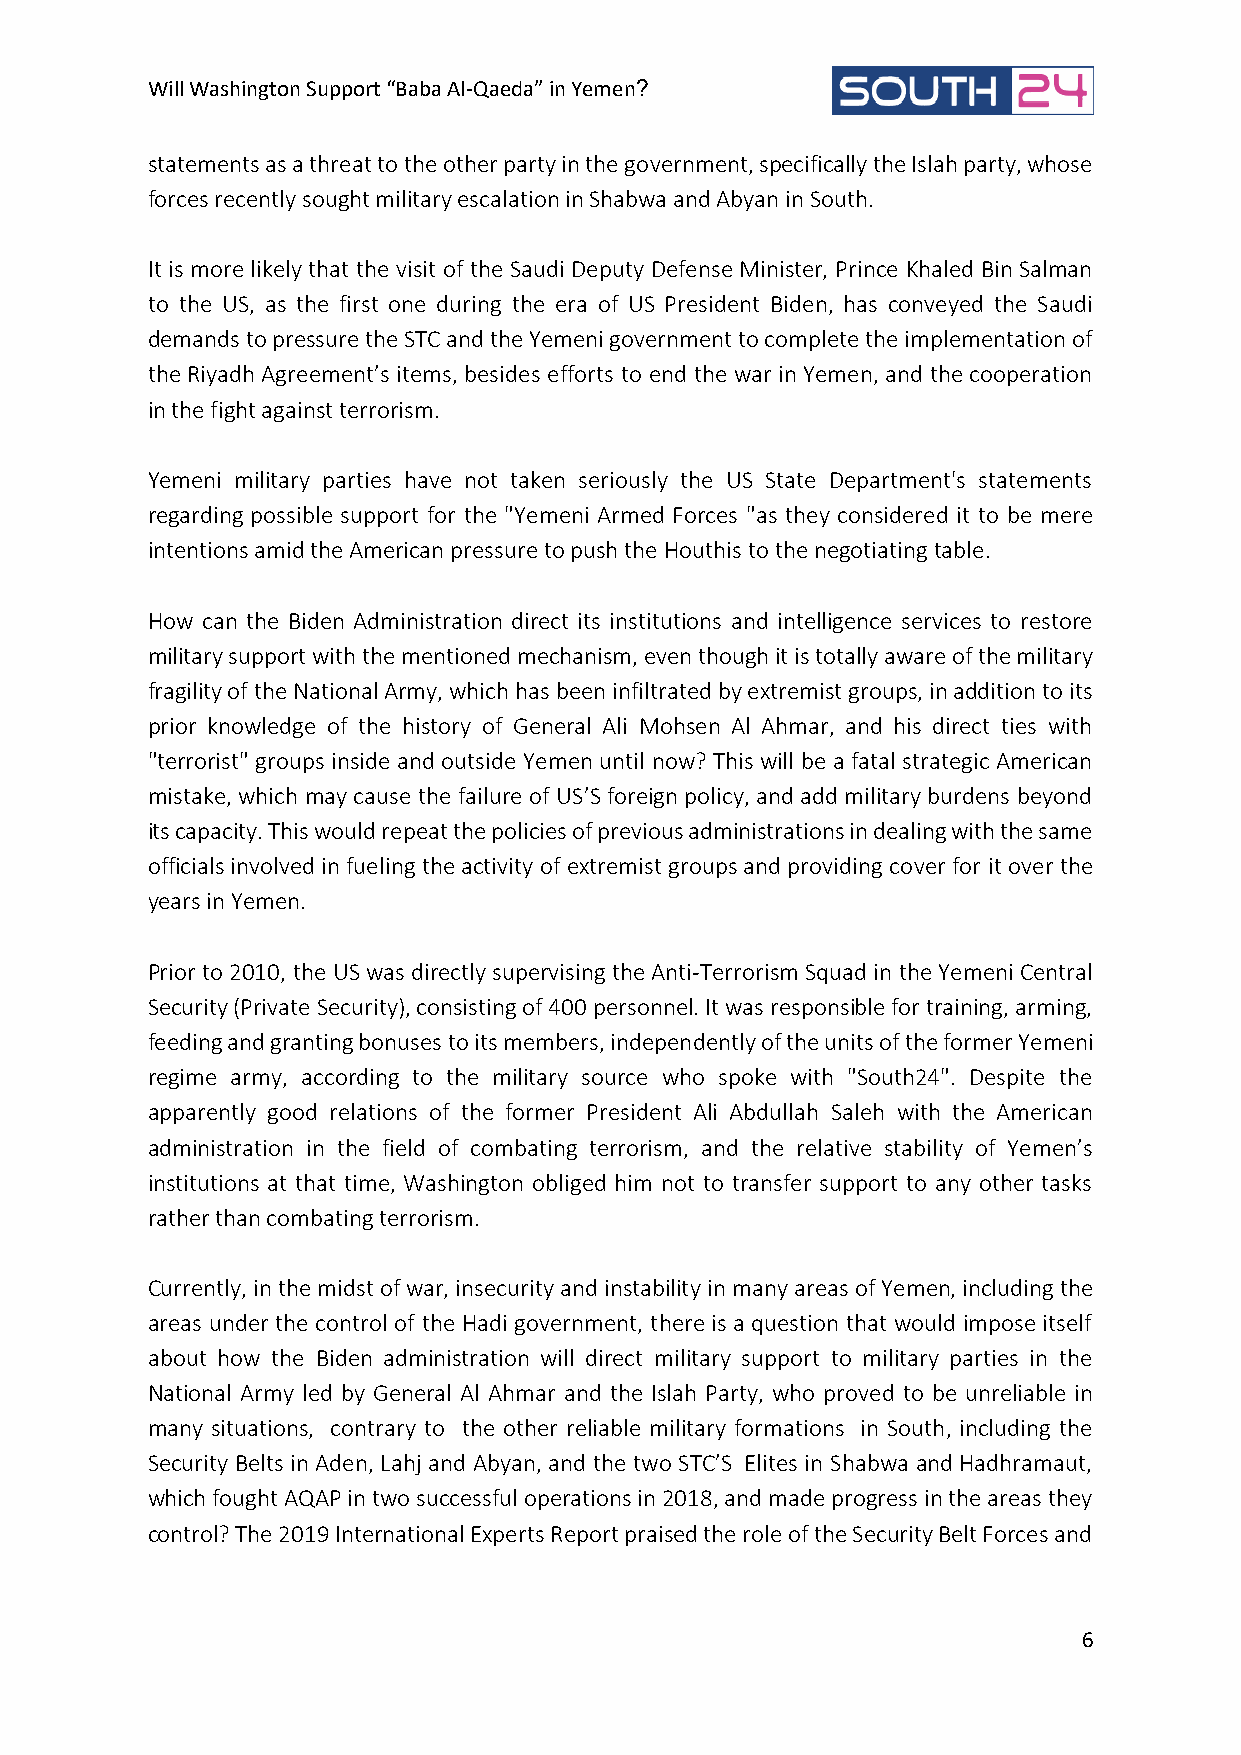
Will Washington Support “Baba Al-Qaeda” in Yemen?
 statements as a threat to the other party in the government, specifically the Islah party, whose
 forces recently sought military escalation in Shabwa and Abyan in South.
 It is more likely that the visit of the Saudi Deputy Defense Minister, Prince Khaled Bin Salman
 to the US, as the first one during the era of US President Biden, has conveyed the Saudi
 demands to pressure the STC and the Yemeni government to complete the implementation of
 the Riyadh Agreement’s items, besides efforts to end the war in Yemen, and the cooperation
 in the fight against terrorism.
 Yemeni military parties have not taken seriously the US State Department's statements
 regarding possible support for the "Yemeni Armed Forces "as they considered it to be mere
 intentions amid the American pressure to push the Houthis to the negotiating table.
 How can the Biden Administration direct its institutions and intelligence services to restore
 military support with the mentioned mechanism, even though it is totally aware of the military
 fragility of the National Army, which has been infiltrated by extremist groups, in addition to its
 prior knowledge of the history of General Ali Mohsen Al Ahmar, and his direct ties with
 "terrorist" groups inside and outside Yemen until now? This will be a fatal strategic American
 mistake, which may cause the failure of US’S foreign policy, and add military burdens beyond
 its capacity. This would repeat the policies of previous administrations in dealing with the same
 officials involved in fueling the activity of extremist groups and providing cover for it over the
 years in Yemen.
 Prior to 2010, the US was directly supervising the Anti-Terrorism Squad in the Yemeni Central
 Security (Private Security), consisting of 400 personnel. It was responsible for training, arming,
 feeding and granting bonuses to its members, independently of the units of the former Yemeni
 regime army, according to the military source who spoke with "South24". Despite the
 apparently good relations of the former President Ali Abdullah Saleh with the American
 administration in the field of combating terrorism, and the relative stability of Yemen’s
 institutions at that time, Washington obliged him not to transfer support to any other tasks
 rather than combating terrorism.
 Currently, in the midst of war, insecurity and instability in many areas of Yemen, including the
 areas under the control of the Hadi government, there is a question that would impose itself
 about how the Biden administration will direct military support to military parties in the
 National Army led by General Al Ahmar and the Islah Party, who proved to be unreliable in
 many situations, contrary to the other reliable military formations in South, including the
 Security Belts in Aden, Lahj and Abyan, and the two STC’S Elites in Shabwa and Hadhramaut,
 which fought AQAP in two successful operations in 2018, and made progress in the areas they
 control? The 2019 International Experts Report praised the role of the Security Belt Forces and
 6